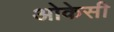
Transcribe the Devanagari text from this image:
ओकेसी